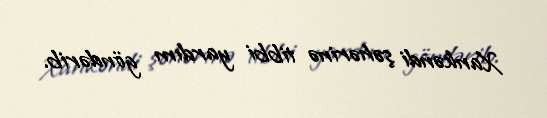
Xankəndi şəhərinə tibbi yardım göndərib.